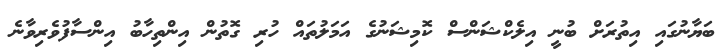
ބަޔާނުގައި އިތުރަށް ބުނީ އިލެކްޝަންސް ކޮމިޝަނުގެ އަމަލުތައް ހުރި ގޮތުން އިންތިހާބު އިންސާފުވެރިވާނެ